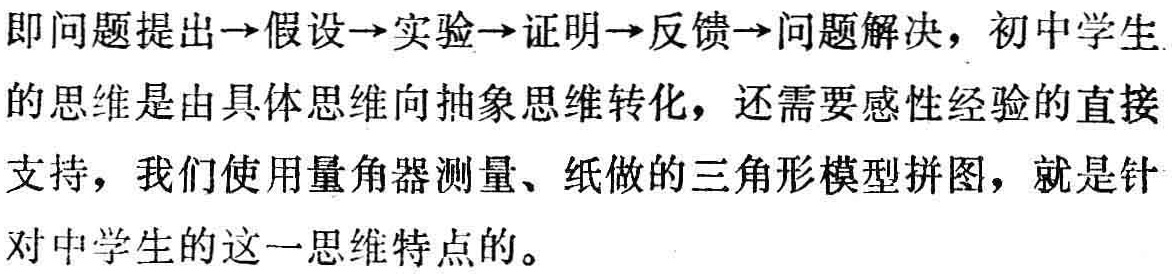
即问题提出$\to$假设$\to$实验$\to$证明$\to$反馈$\to$问题解决，初中学生的思维是由具体思维向抽象思维转化，还需要感性经验的直接支持，我们使用量角器测量、纸做的三角形模型拼图，就是针对中学生的这一思维特点的。